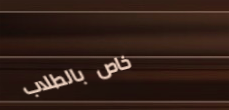
خاص بالطلاب